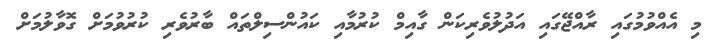
މި އެއްވުމުގައި ރާއްޖޭގައި އަދުލުވެރިކަން ގާއިމް ކުރުމާއި ކައުންސިލްތައް ބާރުވެރި ކުރުވުމަށް ގޮވާލުމަށް